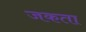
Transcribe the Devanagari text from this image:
जकता